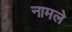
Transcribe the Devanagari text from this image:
नामले